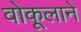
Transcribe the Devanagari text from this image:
वोकूलाने